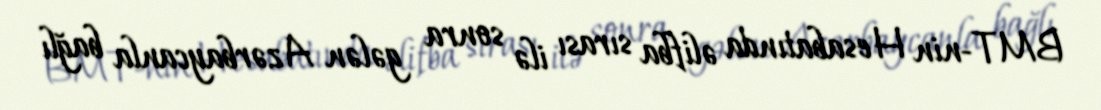
BMT-nin Hesabatında əlifba sırası ilə sonra gələn Azərbaycanla bağlı